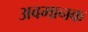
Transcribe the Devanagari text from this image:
अवमानक